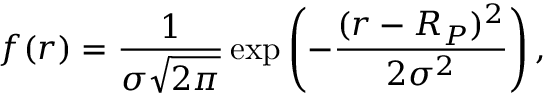
f ( r ) = \frac { 1 } { \sigma \sqrt { 2 \pi } } \exp \left( - \frac { ( r - R _ { P } ) ^ { 2 } } { 2 \sigma ^ { 2 } } \right) ,